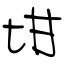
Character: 坩